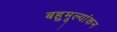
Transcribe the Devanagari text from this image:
बहुमूल्यांकन